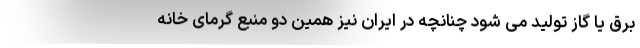
برق یا گاز تولید می شود چنانچه در ایران نیز همین دو منبع گرمای خانه